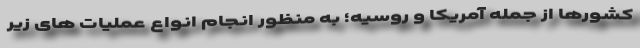
کشورها از جمله آمریکا و روسیه؛ به منظور انجام انواع عملیات های زیر